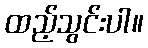
ထည့်သွင်းပါ။